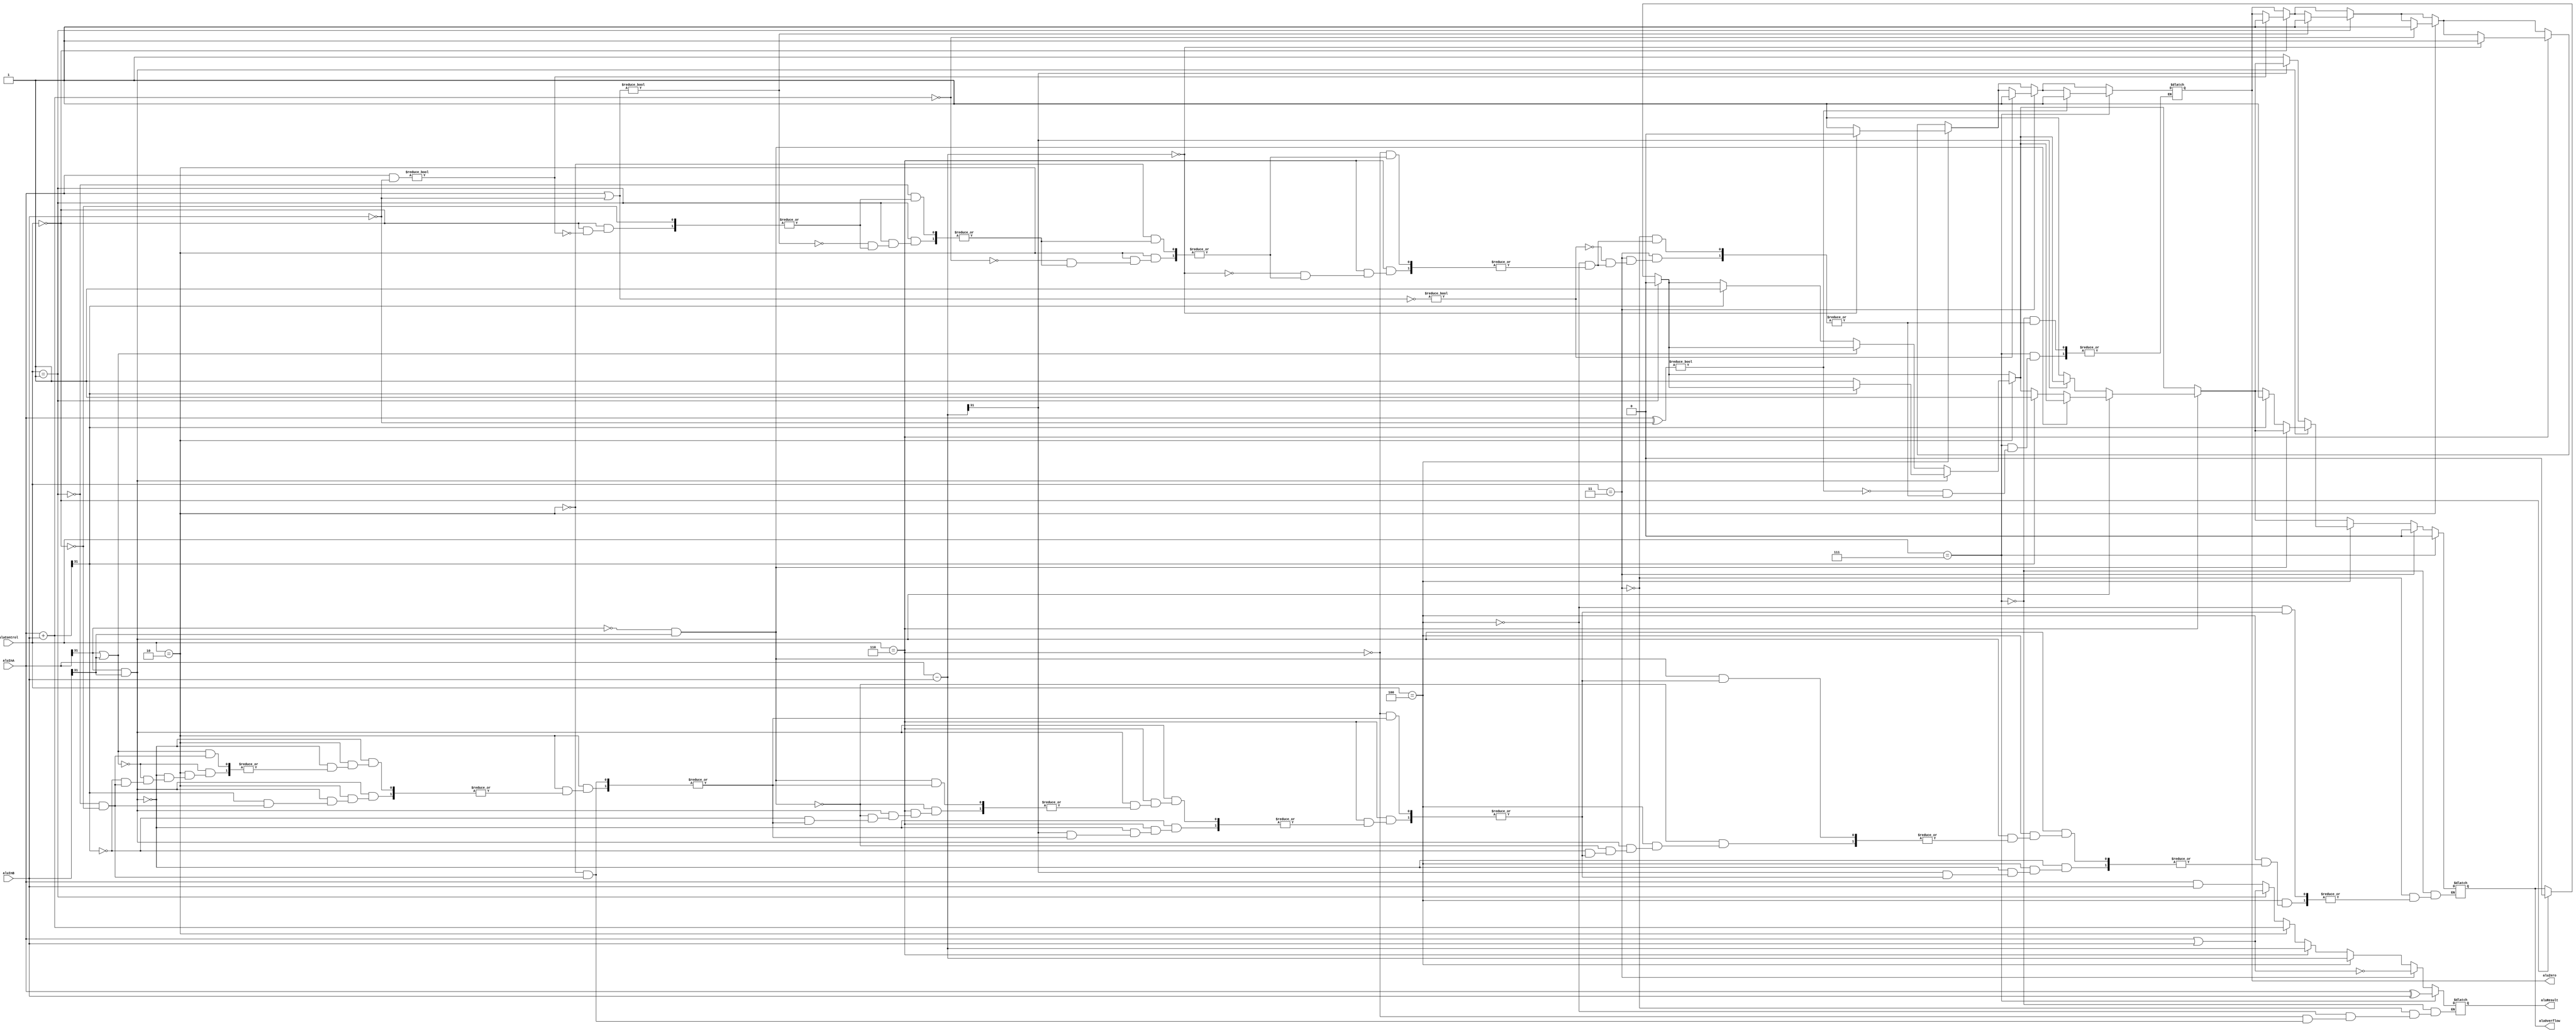
`timescale 1ns/1ns
module alu
    (input [31:0] aluInA,
    input [31:0] aluInB,
    input [2:0] aluControl,
    output reg [31:0] aluResult,
    output reg [0:0] aluZero,
    output reg [0:0] aluOverflow
    );

reg [32:0] aux;

always @(*) 
    begin
        if (aluControl == 3'b000)
        // AND
            begin
                aluResult = aluInA & aluInB;
                aluOverflow = 1'b0;
                if (aluInA & aluInB == 32'b0)
                    aluZero = 1'b1;    
            end
        if (aluControl == 3'b001)
        // OR 
            begin
                aluResult = aluInA | aluInB;
                aluOverflow = 1'b0;
                if (aluInA | aluInB == 32'b0)
                    aluZero = 1'b1;    
            end
        if (aluControl == 3'b010) 
        // A+B
            begin
            aluResult = aluInA + aluInB;
            if (aluInA + aluInB == 32'b0)
                aluZero = 1'b1;
                
            if ( (aluInA[31] && aluInB[31]) == 1'b1 ) 
                begin
                aux = aluInA + aluInB;
                if ( aux[31]==1'b0 ) 
                    begin
                    aluOverflow = 1'b1;
                    end
                end
            else if ( (aluInA[31] || aluInB[31]) == 1'b0 ) 
                begin
                aux = aluInA + aluInB;
                if (aux[31]==1'b1) 
                    begin
                    aluOverflow = 1'b1;
                    end
                end
            end
        if (aluControl == 3'b110)
        //A-B
            begin 
            aluResult = aluInA - aluInB;
            if (aluInA - aluInB == 32'b0)
                aluZero = 1'b1; 
            if ( (aluInB[31]==1 && aluInA[31]) == 1'b0 ) 
                begin
                aux = aluInA - aluInB;
                if ( aux[31] == 1'b0 ) 
                    begin
                    aluOverflow = 1'b1;
                    end
                end
            else if ( (aluInA[31]==0 && aluInB[31]) == 1'b0 ) 
                begin
                aux = aluInA + aluInB;
                if (aux[31]==1'b1)
                    begin
                    aluOverflow = 1'b1;
                    end
                end
            end
        if (aluControl == 3'b100)
        //A-B Especifico para bnq. Si son iguales, manda un Zero=0
            begin 
            aluResult = aluInA - aluInB;
            if (aluInA - aluInB == 32'b0)
                aluZero = 1'b0;
            else 
                aluZero = 1'b1;
            if ( (aluInB[31]==1 && aluInA[31]) == 1'b0 ) 
                begin
                aux = aluInA - aluInB;
                if ( aux[31] == 1'b0 ) 
                    begin
                    aluOverflow = 1'b1;
                    end
                end
            else if ( (aluInA[31]==0 && aluInB[31]) == 1'b0 ) 
                begin
                aux = aluInA + aluInB;
                if (aux[31]==1'b1)
                    begin
                    aluOverflow = 1'b1;
                    end
                end
            end
            
        if (aluControl == 3'b011)
        //NOR
            begin 
                aluResult = aluInA ~| aluInB;
                aluOverflow = 1'b0;
                if (aluInA ~| aluInB == 32'b0)
                    aluZero = 1'b1;    
            end
        if (aluControl == 3'b111)
        //XOR
            begin 
                aluResult = aluInA ^ aluInB;
                aluOverflow = 1'b0;
                if (aluInA ^ aluInB == 32'b0)
                    aluZero = 1'b1;    
            end
    end

endmodule